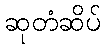
ဆုတံဆိပ်